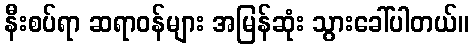
နီးစပ်ရာ ဆရာဝန်များ အမြန်ဆုံး သွားခေါ်ပါတယ်။